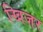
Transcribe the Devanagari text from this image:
खिजर